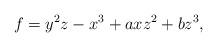
LaTeX: \begin{align*}f= y^2z - x^3 +axz^2 + bz^3,\end{align*}